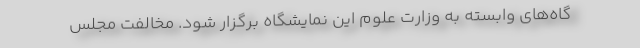
گاه‌های وابسته به وزارت علوم این نمایشگاه برگزار شود. مخالفت مجلس